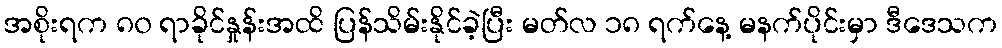
အစိုးရက ၈၀ ရာခိုင်နှုန်းအထိ ပြန်သိမ်းနိုင်ခဲ့ပြီး မတ်လ ၁၈ ရက်နေ့ မနက်ပိုင်းမှာ ဒီဒေသက